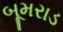
બૂમરાડ